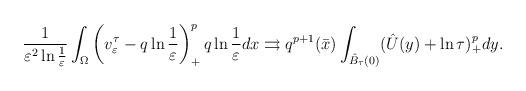
LaTeX: \begin{align*}\frac{1}{\varepsilon^2\ln\frac{1}{\varepsilon}}\int_\Omega\left( v^\tau_\varepsilon-q\ln\frac{1}{\varepsilon}\right) ^{p}_+q\ln\frac{1}{\varepsilon} dx\rightrightarrows q^{p+1}(\bar{x})\int_{\hat{B}_\tau(0)}(\hat{U}(y)+\ln\tau)^{p}_+dy.\end{align*}